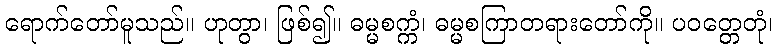
ရောက်တော်မူသည်။ ဟုတွာ၊ ဖြစ်၍။ ဓမ္မစက္ကံ၊ ဓမ္မစကြာတရားတော်ကို။ ပဝတ္တေတုံ၊